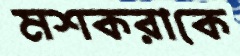
মশকরাকে